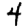
Digit: 4